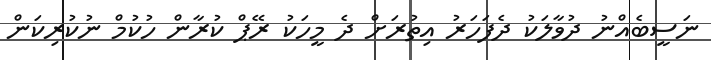
ނަސީބެއްނު ދުވާލަކު ދެފަހަރު އިތުރަށް ދެ މީހަކު ރޭޕް ކުރާން ހުކުމް ނުކުރިކަން